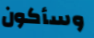
وسأكون